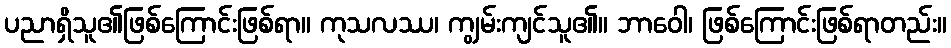
ပညာရှိသူ၏ဖြစ်ကြောင်းဖြစ်ရာ။ ကုသလဿ၊ ကျွမ်းကျင်သူ၏။ ဘာဝေါ၊ ဖြစ်ကြောင်းဖြစ်ရာတည်း။